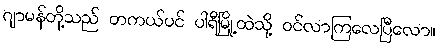
ဂျာမန်တို့သည် တကယ်ပင် ပါရီမြို့ထဲသို့ ဝင်လာကြလေပြီလော။